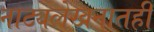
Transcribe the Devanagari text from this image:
नाट्यलेखनातही